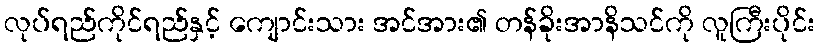
လုပ်ရည်ကိုင်ရည်နှင့် ကျောင်းသား အင်အား၏ တန်ခိုးအာနိသင်ကို လူကြီးပိုင်း